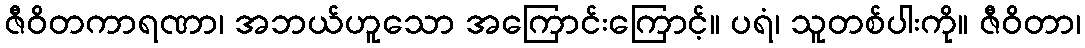
ဇီဝိတကာရဏာ၊ အဘယ်ဟူသော အကြောင်းကြောင့်။ ပရံ၊ သူတစ်ပါးကို။ ဇီဝိတာ၊